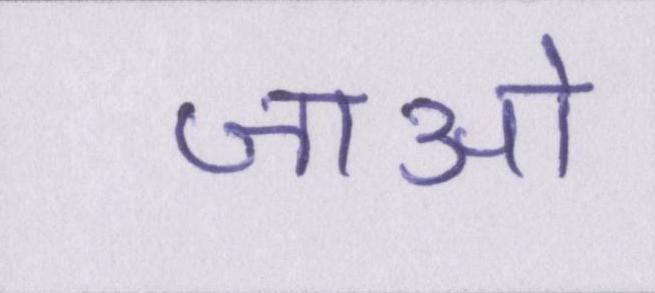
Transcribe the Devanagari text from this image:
जाओ